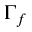
\Gamma _ { f }